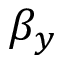
\beta _ { y }